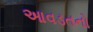
આવડતનો